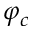
\varphi _ { c }